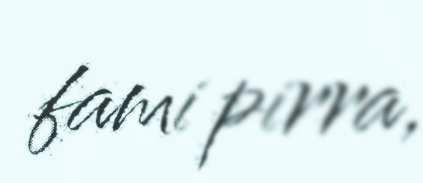
fami pirra,